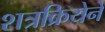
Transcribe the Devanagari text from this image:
शत्रक्रियेने